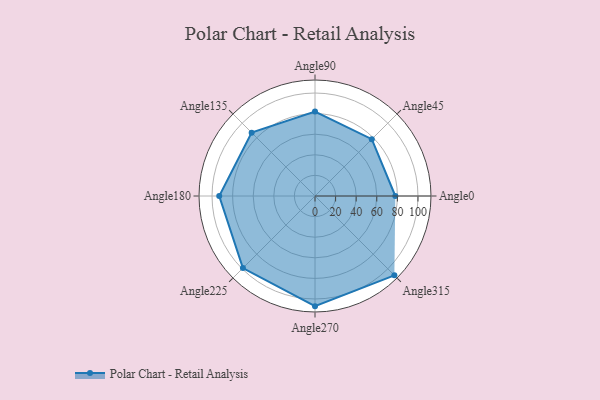
{"axis": {"x": "Angle", "y": "Radius"}, "legend": [""], "data": [{"x": "Angle0", "y": 78.0, "type": ""}, {"x": "Angle45", "y": 78.0, "type": ""}, {"x": "Angle90", "y": 82.0, "type": ""}, {"x": "Angle135", "y": 87.0, "type": ""}, {"x": "Angle180", "y": 93.0, "type": ""}, {"x": "Angle225", "y": 99.0, "type": ""}, {"x": "Angle270", "y": 107.0, "type": ""}, {"x": "Angle315", "y": 109.0, "type": ""}]}